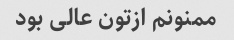
ممنونم ازتون عالی بود